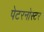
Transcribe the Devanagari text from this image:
पेटरनोस्टर